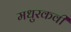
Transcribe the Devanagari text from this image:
मधुरकवी